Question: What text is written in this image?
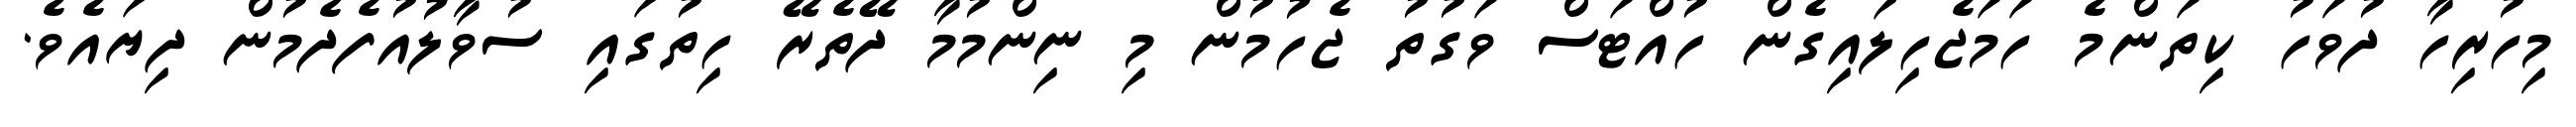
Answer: މިހުރިހާ ދުވަހު ކިތަންމެ ހަމަޖެހިލައިގެން ހުއްޓަސް ވަގުތު ޖެހުމުން މި ނިންމުމާ ދޭތެރޭ ހިތުގައި ސުވާލުއުފެދެމުން ދިޔައެވެ.